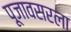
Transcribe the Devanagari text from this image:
पूजावसरला